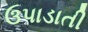
ઉપાડાતી